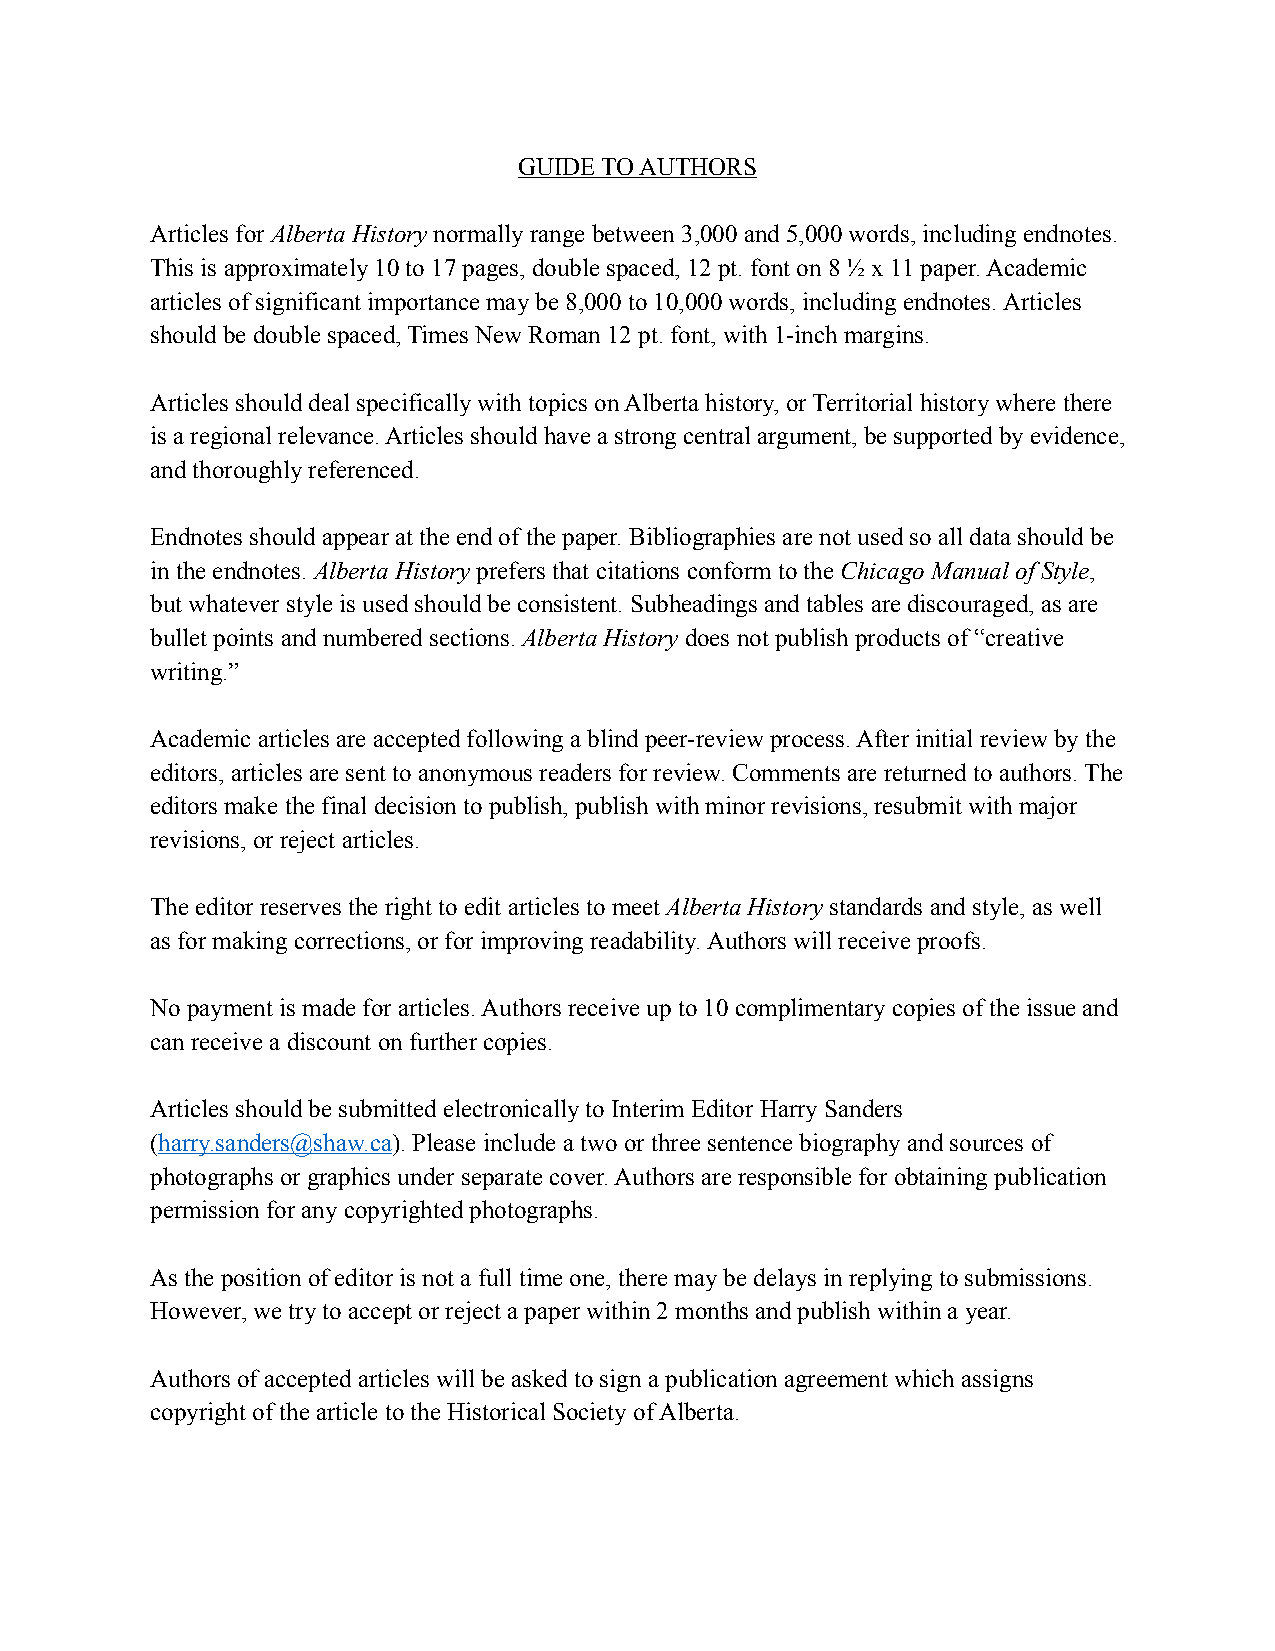
GUIDE TO AUTHORS
 Articles for Alberta History normally range between 3,000 and 5,000 words, including endnotes.
 This is approximately 10 to 17 pages, double spaced, 12 pt. font on 8 ½ x 11 paper. Academic
 articles of significant importance may be 8,000 to 10,000 words, including endnotes. Articles
 should be double spaced, Times New Roman 12 pt. font, with 1-inch margins.
 Articles should deal specifically with topics on Alberta history, or Territorial history where there
 is a regional relevance. Articles should have a strong central argument, be supported by evidence,
 and thoroughly referenced.
 Endnotes should appear at the end of the paper. Bibliographies are not used so all data should be
 in the endnotes. Alberta History prefers that citations conform to the Chicago Manual of Style,
 but whatever style is used should be consistent. Subheadings and tables are discouraged, as are
 bullet points and numbered sections. Alberta History does not publish products of “creative
 writing.”
 Academic articles are accepted following a blind peer-review process. After initial review by the
 editors, articles are sent to anonymous readers for review. Comments are returned to authors. The
 editors make the final decision to publish, publish with minor revisions, resubmit with major
 revisions, or reject articles.
 The editor reserves the right to edit articles to meet Alberta History standards and style, as well
 as for making corrections, or for improving readability. Authors will receive proofs.
 No payment is made for articles. Authors receive up to 10 complimentary copies of the issue and
 can receive a discount on further copies.
 Articles should be submitted electronically to Interim Editor Harry Sanders
 (harry.sanders@shaw.ca). Please include a two or three sentence biography and sources of
 photographs or graphics under separate cover. Authors are responsible for obtaining publication
 permission for any copyrighted photographs.
 As the position of editor is not a full time one, there may be delays in replying to submissions.
 However, we try to accept or reject a paper within 2 months and publish within a year.
 Authors of accepted articles will be asked to sign a publication agreement which assigns
 copyright of the article to the Historical Society of Alberta.